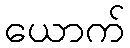
ယောက်